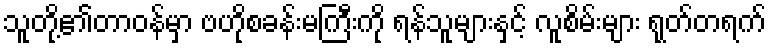
သူတို့၏တာဝန်မှာ ဗဟိုစခန်းမကြီးကို ရန်သူများနှင့် လူစိမ်းများ ရုတ်တရက်